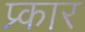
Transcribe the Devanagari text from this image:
प्र्कार